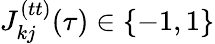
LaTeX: J_{kj}^{(tt)}(\tau)\in\{ -1,1\}